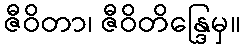
ဇီဝိတာ၊ ဇီဝိတိန္ဒြေမှ။